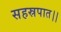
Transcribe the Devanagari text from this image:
सहस्रपात।।